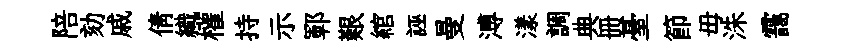
陪劾戚倩織權持示鄆艱綰誣曼溥漾調典册䑓節毋洙靄